system: You are a helpful assistant.
user:
Analyze the provided spectrum to determine if it is a **"Cataclysmic Variables (CV)"**.

- **Key Indicators for CV (Check for either state):**
    - **State 1: Quiescent / Low-State (Emission-Dominated)**
        - **(Primary):** Strong and *very broad* Hydrogen Balmer emission lines (e.g., $H\alpha$ at 6563 Å, $H\beta$ at 4861 Å). The 'broadness' (high velocity dispersion, often FWHM > 1000 km/s) is the key diagnostic, indicating a high-velocity accretion disk.
        - **(Secondary):** Broad neutral Helium (He I) emission lines (e.g., 5876 Å, 6678 Å).
        - **(Key Confirmation):** Presence of high-excitation *ionized* Helium (He II) emission at 4686 Å. This is a strong indicator of accretion onto a white dwarf.
        - **(Line Profile):** Emission lines may exhibit a 'double-peaked' profile, which is a classic signature of a rotating accretion disk viewed at high inclination.

    - **State 2: Outburst / High-State (Absorption-Dominated)**
        - **(Primary):** Spectrum is dominated by a bright, blue continuum (looks like a hot star).
        - **(Secondary):** The emission lines from State 1 are weak, absent, or 'filled in', and are replaced by broad, shallow *absorption* lines (primarily Balmer and He I).
        - **(Morphology):** The overall spectrum mimics a hot B/A-type star. The crucial difference is that the absorption lines are significantly broader, shallower, and more 'washed-out' (or 'smeared') than the sharp lines of a normal stellar photosphere, due to high rotational speeds and pressure broadening in the disk.

Think first, call **spectral_visualization_tool** if needed to examine features in detail, then provide your final answer. Your response must adhere to the following strict rules:
1.  **Overall Structure:** Your response must follow the format `<think>...</think> <tool_call>...</tool_call> (if a tool is used) <answer>...</answer>`.
2.  **Tool Usage Constraint:** You may only make **one** tool call per turn.
3.  **Final Answer Format:** In the `<answer>` tag, your conclusion must be inside a `\boxed{}` command (e.g., `\boxed{YES}`), followed by your justification.

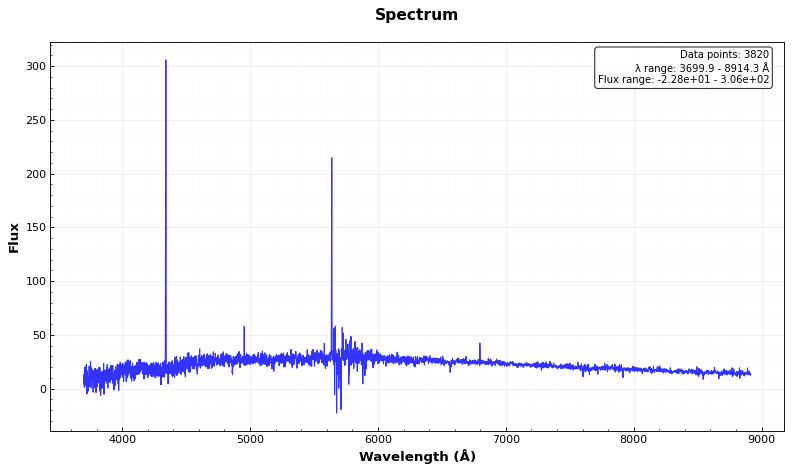
Answer: NO